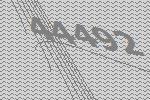
44492